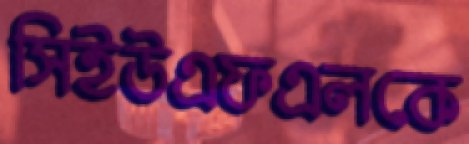
সিইউএফএলকে